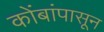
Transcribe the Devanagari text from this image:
कोंबांपासून